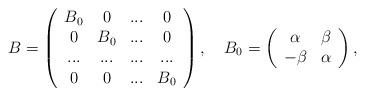
\begin{align*}B=\left(\begin{array}{cccc}B_{0} & 0 & ... & 0\\0 & B_{0} & ... & 0\\... & ... & ... & ...\\0 & 0 & ... & B_{0}\end{array}\right),\ \ \ B_{0}=\left(\begin{array}{cc}\alpha & \beta\\-\beta & \alpha\end{array}\right),\end{align*}